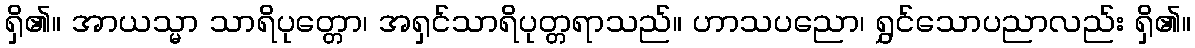
ရှိ၏။ အာယသ္မာ သာရိပုတ္တော၊ အရှင်သာရိပုတ္တရာသည်။ ဟာသပညော၊ ရွှင်သောပညာလည်း ရှိ၏။